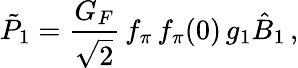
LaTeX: \tilde{P}_{1}=\frac{G_{F}}{\sqrt{2}}\, f_{\pi}\, f_{\pi}(0)\, g_{1}\hat{B}_{1}\, ,